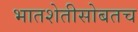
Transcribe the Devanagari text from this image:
भातशेतीसोबतच